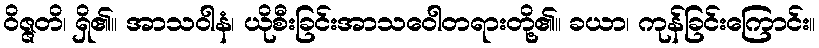
ဝိဇ္ဇတိ၊ ရှိ၏။ အာသဝါနံ၊ ယိုစီးခြင်းအာသဝေါတရားတို့၏။ ခယာ၊ ကုန်ခြင်းကြောင်း။